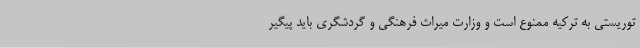
توریستی به ترکیه ممنوع است و وزارت میراث فرهنگی و گردشگری باید پیگیر